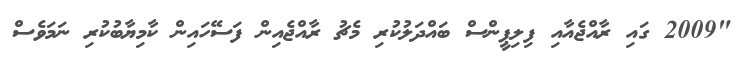
"2009 ގައި ރާއްޖެއާއި ފިލިޕީންސް ބައްދަލުކުރި މެޗު ރާއްޖެއިން ފަސޭހައިން ކާމިޔާބުކުރި ނަމަވެސް